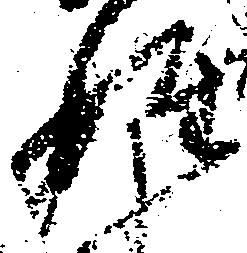
姓